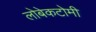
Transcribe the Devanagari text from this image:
लोबेकटोमी